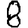
Digit: 8